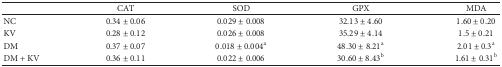
<table><thead><tr><td><b> </b></td><td><b>CAT</b></td><td><b>SOD</b></td><td><b>GPX</b></td><td><b>MDA </b></td></tr></thead><tbody><tr><td>NC</td><td>0.34 ± 0.06</td><td>0.029 ± 0.008</td><td>32.13 ± 4.60</td><td>1.60 ± 0.20</td></tr><tr><td>KV</td><td>0.28 ± 0.12</td><td>0.026 ± 0.008</td><td>35.29 ± 4.14</td><td>1.5 ± 0.21</td></tr><tr><td>DM</td><td>0.37 ± 0.07</td><td>0.018 ± 0.004<sup>a</sup></td><td>48.30 ± 8.21<sup>a</sup></td><td>2.01 ± 0.3<sup>a</sup></td></tr><tr><td>DM + KV</td><td>0.36 ± 0.11</td><td>0.022 ± 0.006</td><td>30.60 ± 8.43<sup>b</sup></td><td>1.61 ± 0.31<sup>b</sup></td></tr></tbody></table>